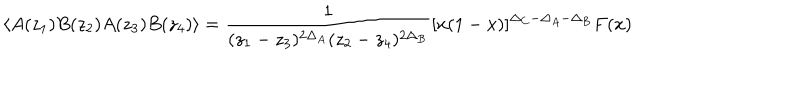
LaTeX: \langle A ( z _ { 1 } ) B ( z _ { 2 } ) A ( z _ { 3 } ) B ( z _ { 4 } ) \rangle = \frac { 1 } { ( z _ { 1 } - z _ { 3 } ) ^ { 2 \Delta _ { A } } ( z _ { 2 } - z _ { 4 } ) ^ { 2 \Delta _ { B } } } [ x ( 1 - x ) ] ^ { \Delta _ { C } - \Delta _ { A } - \Delta _ { B } } F ( x )